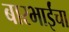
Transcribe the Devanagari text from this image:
बारभाईंचा